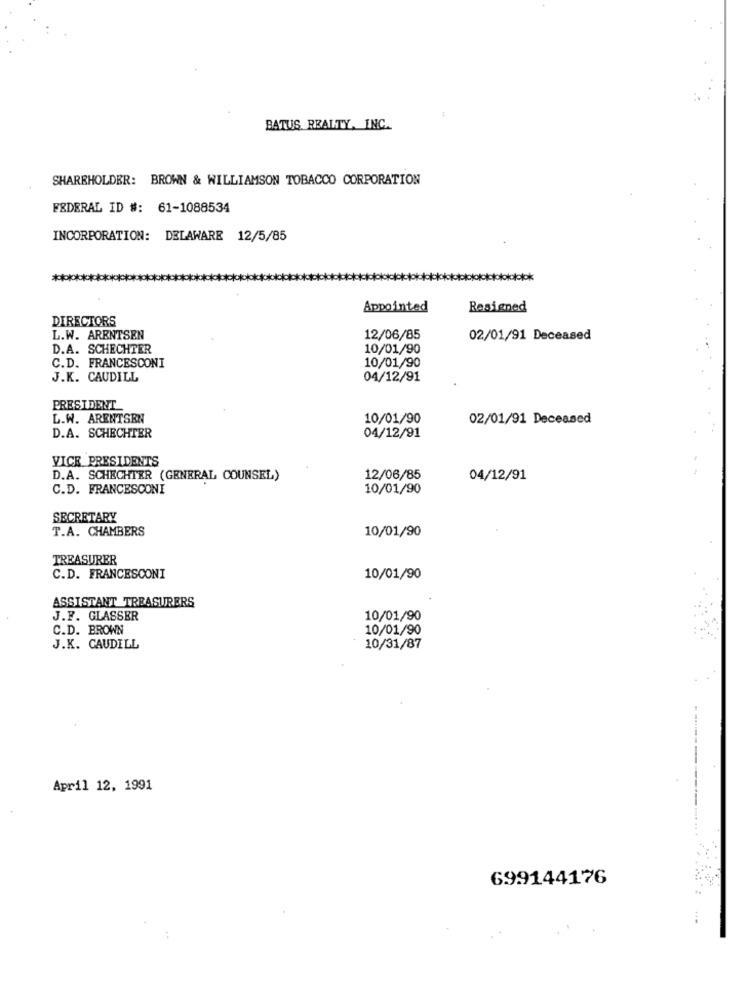
BATUS REALTY, INC.
SHAREHOLDER: BROWN & WILLIAMSON TOBACCO CORPORATION
FEDERAL ID #: 61-1088534
INCORPORATION: DELAWARE 12/5/85
***
Appointed
Resigned
DIRECTORS
L.W. ARENTSEN
12/06/85
02/01/91 Deceased
D.A. SCHECHTER
10/01/90
C.D. FRANCESCONI
10/01/90
J.K. CAUDILL
04/12/91
PRESIDENT
L.W. ARENTSEN
10/01/90
02/01/91 Deceased
D.A. SCHECHTER
04/12/91
VICE PRESIDENTS
D.A. SCHECHTER (GENERAL COUNSEL)
12/06/85
04/12/91
C.D. FRANCESCONI
10/01/90
SECRETARY
T.A. CHAMBERS
10/01/90
TREASURER
C.D. FRANCESCONI
10/01/90
ASSISTANT TREASURERS
J.F. GLASSER
10/01/90
C.D. BROWN
10/01/90
J.K. CAUDILL
10/31/87
April 12, 1991
------------
699144176